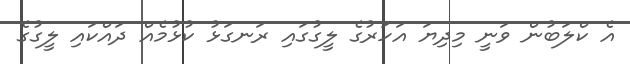
އެ ކްލަބުން ވަނީ މިދިޔަ އަހަރުގެ ލީގުގައި ރަނގަޅު ކުޅުމެއް ދައްކައި ލީގުގެ